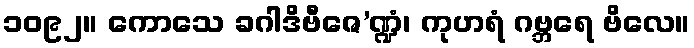
၁၀၉၂။ ကောသေ ခဂါဒိဗီဇေ’ဏ္ဍံ၊ ကုဟရံ ဂဗ္ဘရေ ဗိလေ။